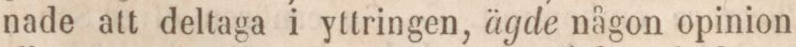
nade att deltaga i yttringen, ägde någon opinion